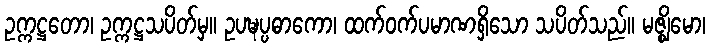
ဥက္ကဋ္ဌတော၊ ဥက္ကဋ္ဌသပိတ်မှ။ ဥပဍ္ဎပ္ပဓာကော၊ ထက်ဝက်ပမာဏရှိသော သပိတ်သည်။ မဇ္ဈိမော၊